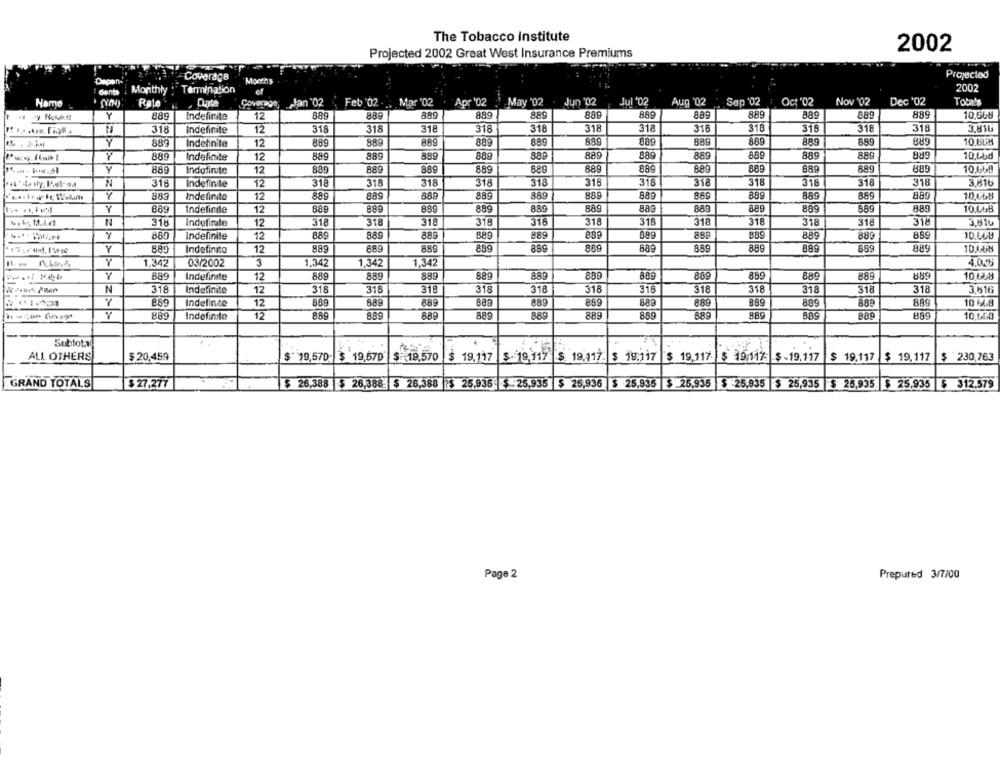
The Tobacco Institute
Projected 2002 Great West Insurance Premiums
2002
Coverage
Projectod
Months
Monthly :" Termination
2002
Name
Rato
Date
Coverage Jan '02
Feb 02 . .. Mar '02
Apr '02
May '02
Jun '02
Jul '02
Aug '02
Sap '02
Oct '02
Nov '02
Dec '02
Toba's
Y
889
Indefinite
12
889
889
899
889
889
889
889
889
889
889
889
10.000
MIRE
318
Indefinite
12
318
318
318
318
318
318
318
318
318
318
318
318
Y
889
Indefinite
12
889
889
889
889
889
889
889
889
8.69
889
889
889
10 6UM
889
Indefinite
12
889
889
889
889
889
889
889
889
889
889
809
10.Lbd
Y
889
889
889
889
889
889
889
889
889
889
889
889
889
10.460
Indefinite
12
N
318
Indefinite
12
318
318
318
318
318
316
318
318
318
318
318
318
3,816
883
Indefinite
12
889
889
889
885
889
889
889
86.9
889
889
889
889
10 0LB
889
889
889
889
889
889
889
889
889
5,89
10.6GB
Y
Indefinite
12
889
N
318
indefinite
12
318
318
318
318
316
31
318
318
318
318
318
318
3,61u
889
Indefinite
12
889
889
889
889
889
889
8.89
889
889
889
889
889
889
Indefinito
12
889
889
889
859
869
889
889
889
889
859
889
10.468
Y
1.342
03/2002
3
1,342
1,342
1,342
4.000
Y
889
Indefinite
12
88g
889
889
889
889
889
889
889
889
889
889
10 048
N
318
Indefinite
12
318
315
318
318
318
318
318
318
318
318
318
318
3.616
Y
889
Indefinte
12
8,89
889
889
899
889
889
889
8.89
889
889
10 MB
889
12
889
889
889
889
889
859
689
889
889
889
889
Indefinite
10.LGS
-
Subtotal
ALL OTHERS
$ 20,459
$ 19,570 $ 19,570
$ -19,570
$ 19.117
$ 19.119
$. 19,117
19,117
$ 19.117. $ 19:117: $-19.117
$ 19.117
$ 19.117
$ 230,763
GRAND TOTALS
$ 27,277
$ 26,388 $ 26,388 $ 26,388 $ 25,935 $ 25,935 $ 25,935
$ 25,935 $ 25,935 $ 25,935 $ 25,935 $ 25,935. $ 25,935 $ 312.579
Page 2
Prepared 3/7/00